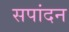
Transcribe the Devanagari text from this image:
सपांदन